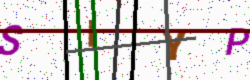
Text: SIYP